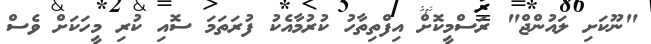
"ނޫކަށި ލައުންޖް" ރަސްމީކޮށް އިފްތިތާހު ކުރުމާއެކު ފުރަތަމަ ސޮއި ކުރި މީހަކަށް ވެސް